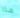
هذا